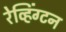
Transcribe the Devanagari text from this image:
रेव्हिंग्टन